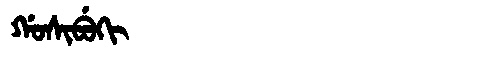
Manchu: ᡤᠣᠰᡳᠪᡠᡴᡳ
Romanization: GOSIBUKI